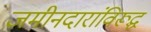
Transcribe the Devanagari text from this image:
जमीनदारांविरूद्घ